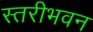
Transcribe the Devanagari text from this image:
स्तरीभवन